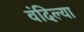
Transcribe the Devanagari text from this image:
वंदिल्या